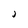
Character: J